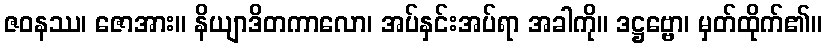
ဇဝနဿ၊ ဇောအား။ နိယျာဒိတကာလော၊ အပ်နှင်းအပ်ရာ အခါကို။ ဒဋ္ဌဗ္ဗော၊ မှတ်ထိုက်၏။